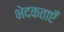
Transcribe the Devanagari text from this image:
भेदकताएँ